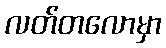
လတ်တလောမှာ